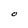
Character: O